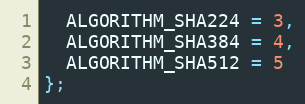
Language: C
  ALGORITHM_SHA224 = 3,
  ALGORITHM_SHA384 = 4,
  ALGORITHM_SHA512 = 5
};